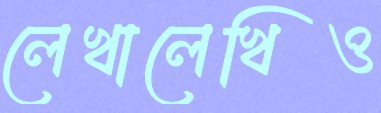
লেখালেখিও